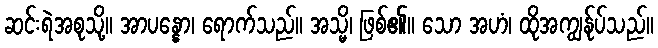
ဆင်းရဲအစုသို့။ အာပန္နော၊ ရောက်သည်။ အသ္မိ၊ ဖြစ်၏။ သော အဟံ၊ ထိုအကျွန်ုပ်သည်။